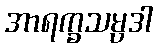
အာရက္ခသမ္ပဒါ